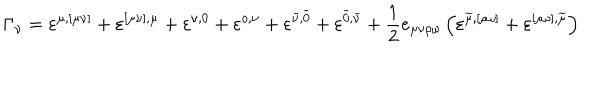
LaTeX: \Gamma _ { \nu } = \varepsilon ^ { \mu , [ \mu \nu ] } + \varepsilon ^ { [ \mu \nu ] , \mu } + \varepsilon ^ { \nu , 0 } + \varepsilon ^ { o , \nu } + \varepsilon ^ { \widetilde { \nu } , \widetilde { 0 } } + \varepsilon ^ { \widetilde { 0 } , \widetilde { \nu } } + \frac 1 2 e _ { \mu \nu \rho \omega } \left( \varepsilon ^ { \widetilde { \mu } , [ \rho \omega ] } + \varepsilon ^ { [ \rho \omega ] , \widetilde { \mu } } \right)